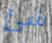
شئ